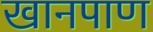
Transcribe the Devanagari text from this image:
खानपाण